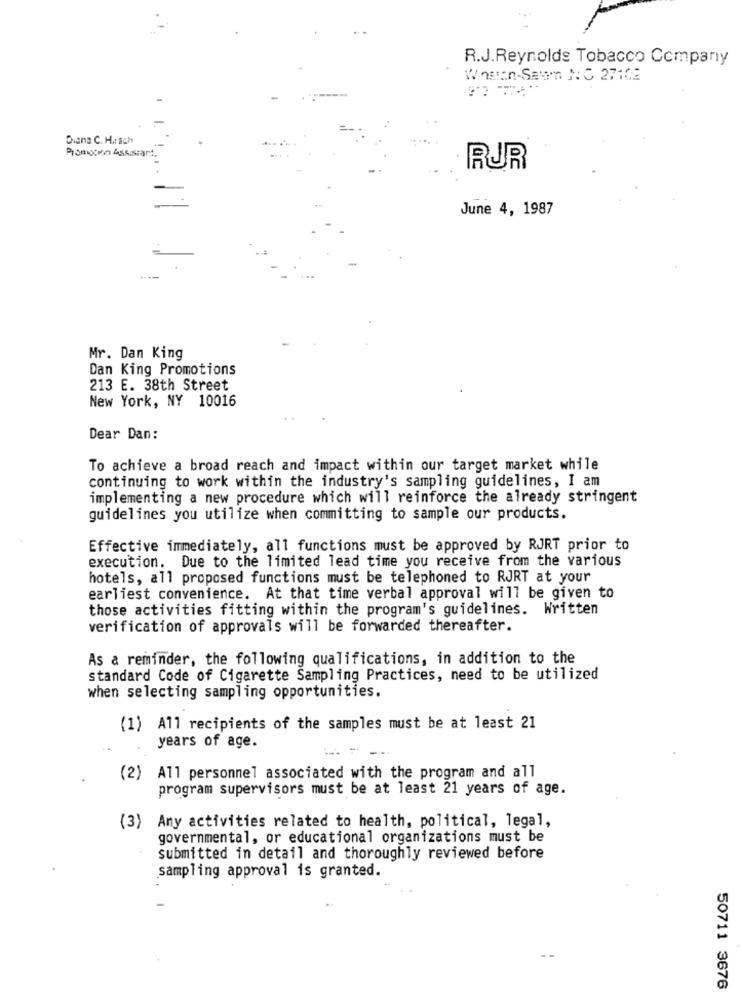
R.J.Reynolds Tobacco Company
Waston-Satm NC 27102
Diana C. H .: ach
Promoten Assistant.
RUR
June 4, 1987
Mr. Dan King
Dan King Promotions
213 E. 38th Street
New York, NY 10016
Dear Dan:
To achieve a broad reach and impact within our target market while
continuing to work within the industry's sampling guidelines, I am
implementing a new procedure which will reinforce the already stringent
guidelines you utilize when committing to sample our products.
Effective immediately, all functions must be approved by RJRT prior to
execution. Due to the limited lead time you receive from the various
hotels, all proposed functions must be telephoned to RJRT at your
earliest convenience. At that time verbal approval will be given to
those activities fitting within the program's guidelines. Written
verification of approvals will be forwarded thereafter.
As a reminder, the following qualifications, in addition to the
standard Code of Cigarette Sampling Practices, need to be utilized
when selecting sampling opportunities.
(1) All recipients of the samples must be at least 21
years of age.
(2)
All personnel associated with the program and all
program supervisors must be at least 21 years of age.
(3) Any activities related to health, political, legal,
governmental, or educational organizations must be
submitted in detail and thoroughly reviewed before
sampling approval is granted.
50711 3676